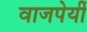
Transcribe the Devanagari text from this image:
वाजपेयीं